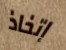
إتخاذ